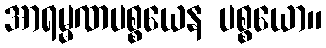
အာရမ္မဏပစ္စယေန ပစ္စယော။